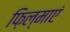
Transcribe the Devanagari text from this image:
फ़िल्माएं